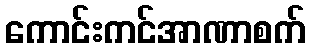
ကောင်းကင်အာဏာစက်